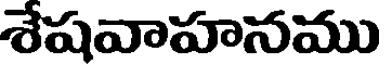
శేషవాహనము